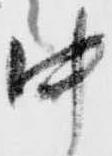
中